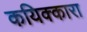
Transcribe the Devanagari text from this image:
कयिक्कारा